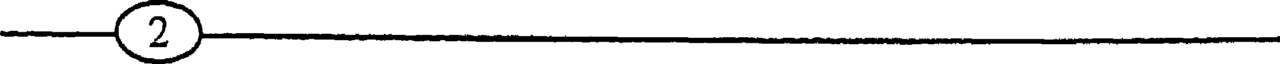
(2)